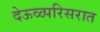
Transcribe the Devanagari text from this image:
देऊळ्परिसरात